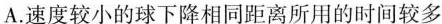
A.速度较小的球下降相同距离所用的时间较多